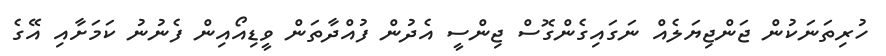
ހުރިތަނަކުން ޖަންޖިޔަލެއް ނަގައިގެންގޮސް ޖިންސީ އެދުން ފުއްދާތަން ވީޑިއޯއިން ފެނުނު ކަމަށާއި އޭގެ